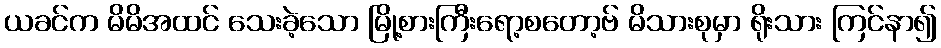
ယခင်က မိမိအထင် သေးခဲ့သော မြို့စားကြီးရော့စတော့ဗ် မိသားစုမှာ ရိုးသား ကြင်နာ၍